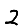
Digit: 2